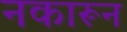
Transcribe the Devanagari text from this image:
नकारून